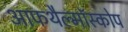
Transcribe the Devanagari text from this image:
आफथैल्मॉस्कोप